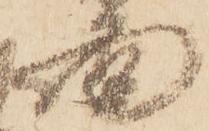
面